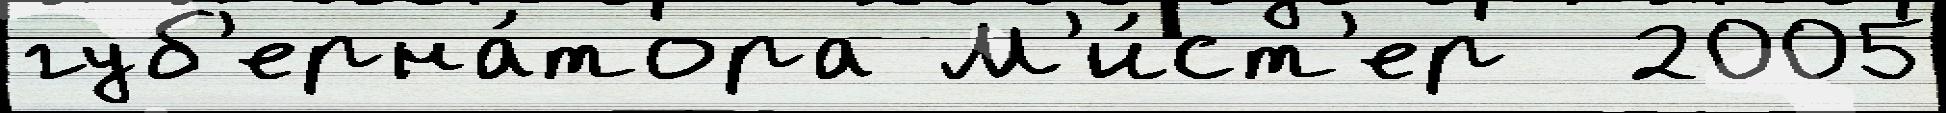
губ'ерна́тора М'и́ст'ер  2005